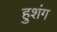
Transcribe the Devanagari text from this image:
हुशंग